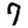
Digit: 7